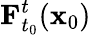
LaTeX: \mathbf{F}_{t_{0}}^{t}(\mathbf{x}_{0})